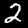
Label: 2